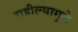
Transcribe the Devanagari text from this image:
राहील्यामुळे